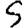
Digit: 5